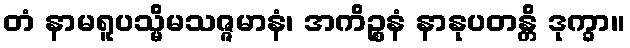
တံ နာမရူပသ္မိမသဇ္ဇမာနံ၊ အကိဉ္စနံ နာနုပတန္တိ ဒုက္ခာ။